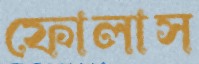
ফোলাস